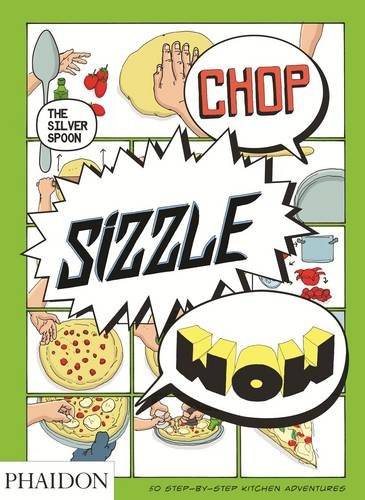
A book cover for Chop, Sizzle, Wow: The Silver Spoon Comic Cookbook; Silver Spoon; Teen & Young Adult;